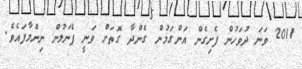
2011 ވަނަ ދުވަހުން ފެށިގެން އަންގަމުން ގެންދާ ގޮތަށް ވަނީ ޕެނަލުން ނިންމާފައެވެ.